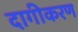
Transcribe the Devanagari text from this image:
दागीकरण